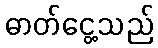
ဓာတ်ငွေ့သည်